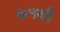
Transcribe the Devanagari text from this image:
७१वाँ